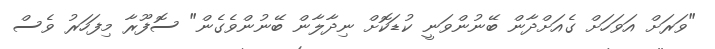
"ވަރަށް އަވަހަށް ގެއަށްދާން ބޭނުންވަނީ ކުޑަކޮށް ނިދާލާން ބޭނުންވެގެން" ސޮފޫރާ މިފަހަރު ވެސް